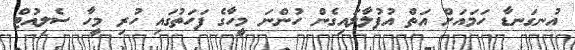
އުނގަނޑާ ހަމައަށް އަތް އުފުލާލައިގެން ހުންނަ މީހާގެ ފަހަތުގައި ހުރި މީހާ ސެލިއުޓް